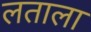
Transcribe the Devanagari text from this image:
लताला